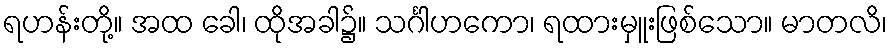
ရဟန်းတို့။ အထ ခေါ၊ ထိုအခါ၌။ သင်္ဂါဟကော၊ ရထားမှူးဖြစ်သော။ မာတလိ၊